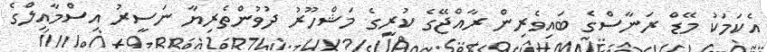
އެކަމަކު މޭޑް ރަނާސްގެ ބައިވެރިން ރާއްޖޭގެ ކުރީގެ މަޝްހޫރު ދުވުންތެރިޔާ ނަސީރު އިސްމާއިލްގެ